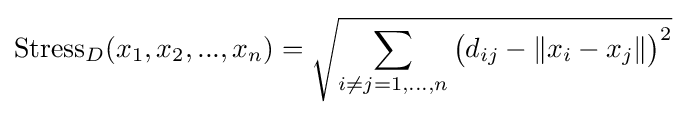
{\text{Stress}}_{D}(x_{1},x_{2},...,x_{n})={\sqrt {\sum _{i\neq j=1,...,n}{\bigl (}d_{ij}-\|x_{i}-x_{j}\|{\bigr )}^{2}}}